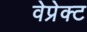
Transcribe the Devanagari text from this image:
वेप्रेक्ट